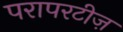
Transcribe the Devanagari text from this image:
परापरटीज़